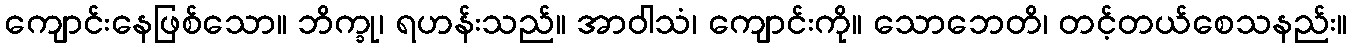
ကျောင်းနေဖြစ်သော။ ဘိက္ခု၊ ရဟန်းသည်။ အာဝါသံ၊ ကျောင်းကို။ သောဘေတိ၊ တင့်တယ်စေသနည်း။